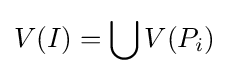
V(I)=\bigcup V(P_{i})